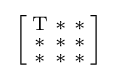
{\Bigl [}{\begin{smallmatrix}\mathrm {T} &\mathrm {*} &\mathrm {*} \\\mathrm {*} &\mathrm {*} &\mathrm {*} \\\mathrm {*} &\mathrm {*} &\mathrm {*} \end{smallmatrix}}{\Bigr ]}